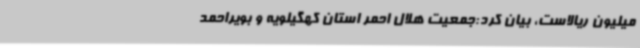
میلیون ریالاست، بیان کرد:جمعیت هلال احمر استان کهگیلویه و بویراحمد